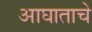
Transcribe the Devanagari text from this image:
आघाताचे